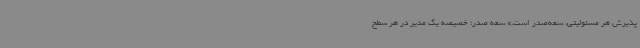
پذیرش هر مسئولیتی، سعه‌صدر است.» سعه صدر؛ خصیصه یک مدیر در هر سطح